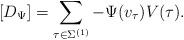
LaTeX: \begin{align*}[D_\Psi]=\sum_{\tau\in\Sigma^{(1)}}-\Psi(v_\tau)V(\tau).\end{align*}